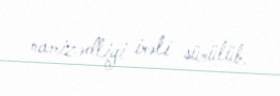
namizədliyi irəli sürülüb.